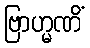
ဗြာဟ္မဏိံ